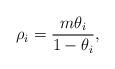
LaTeX: \begin{align*} \rho_i = \frac{m \theta_i}{1-\theta_i},\end{align*}